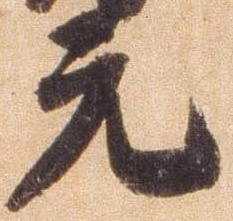
元